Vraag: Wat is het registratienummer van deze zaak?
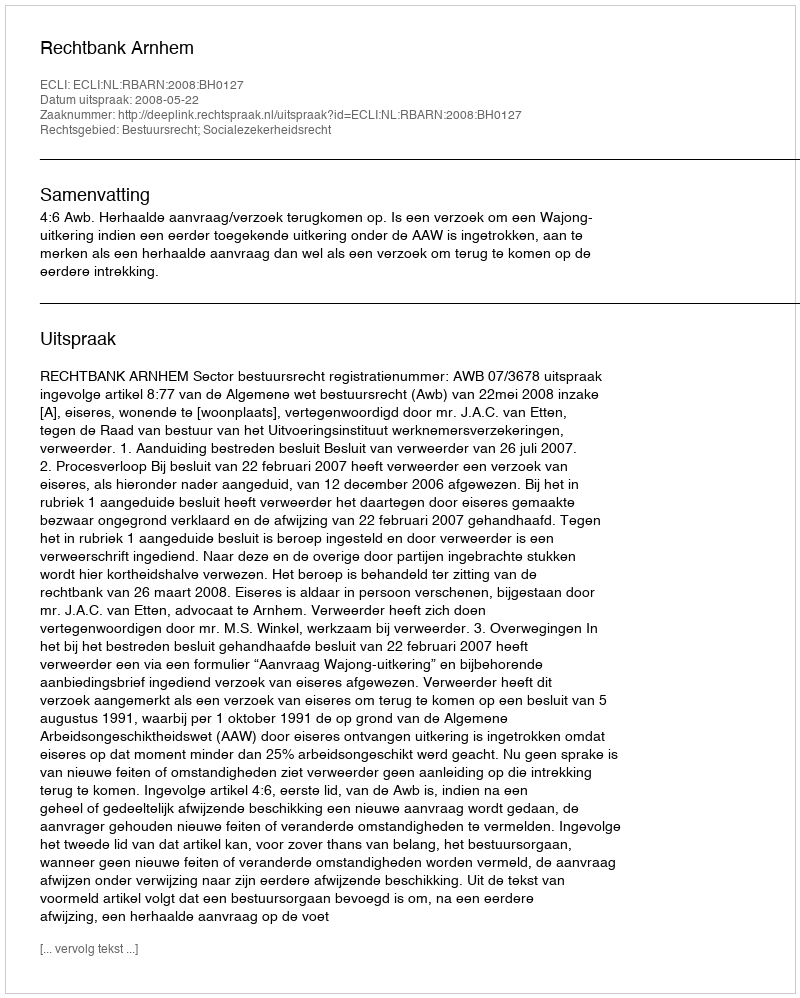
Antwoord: http://deeplink.rechtspraak.nl/uitspraak?id=ECLI:NL:RBARN:2008:BH0127